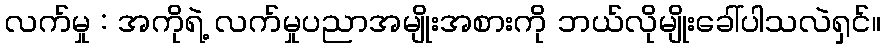
လက်မှု : အကိုရဲ့ လက်မှုပညာအမျိုးအစားကို ဘယ်လိုမျိုးခေါ်ပါသလဲရှင်။